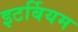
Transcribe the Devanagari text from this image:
इटर्बियम